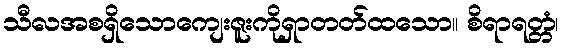
သီလအစရှိသောကျေးဇူးကိုရှာတတ်ထသော။ စိရာရတ္တံ၊